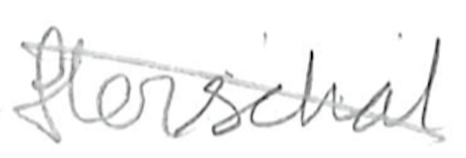
Text: Herschel
Cross-out: diagonal
Writing tool: pencil